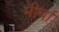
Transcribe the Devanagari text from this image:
मीर्चा